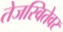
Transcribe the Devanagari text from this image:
तेजस्वितेवर